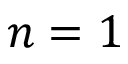
n = 1